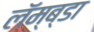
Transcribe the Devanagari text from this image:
लॅम्ब्डा